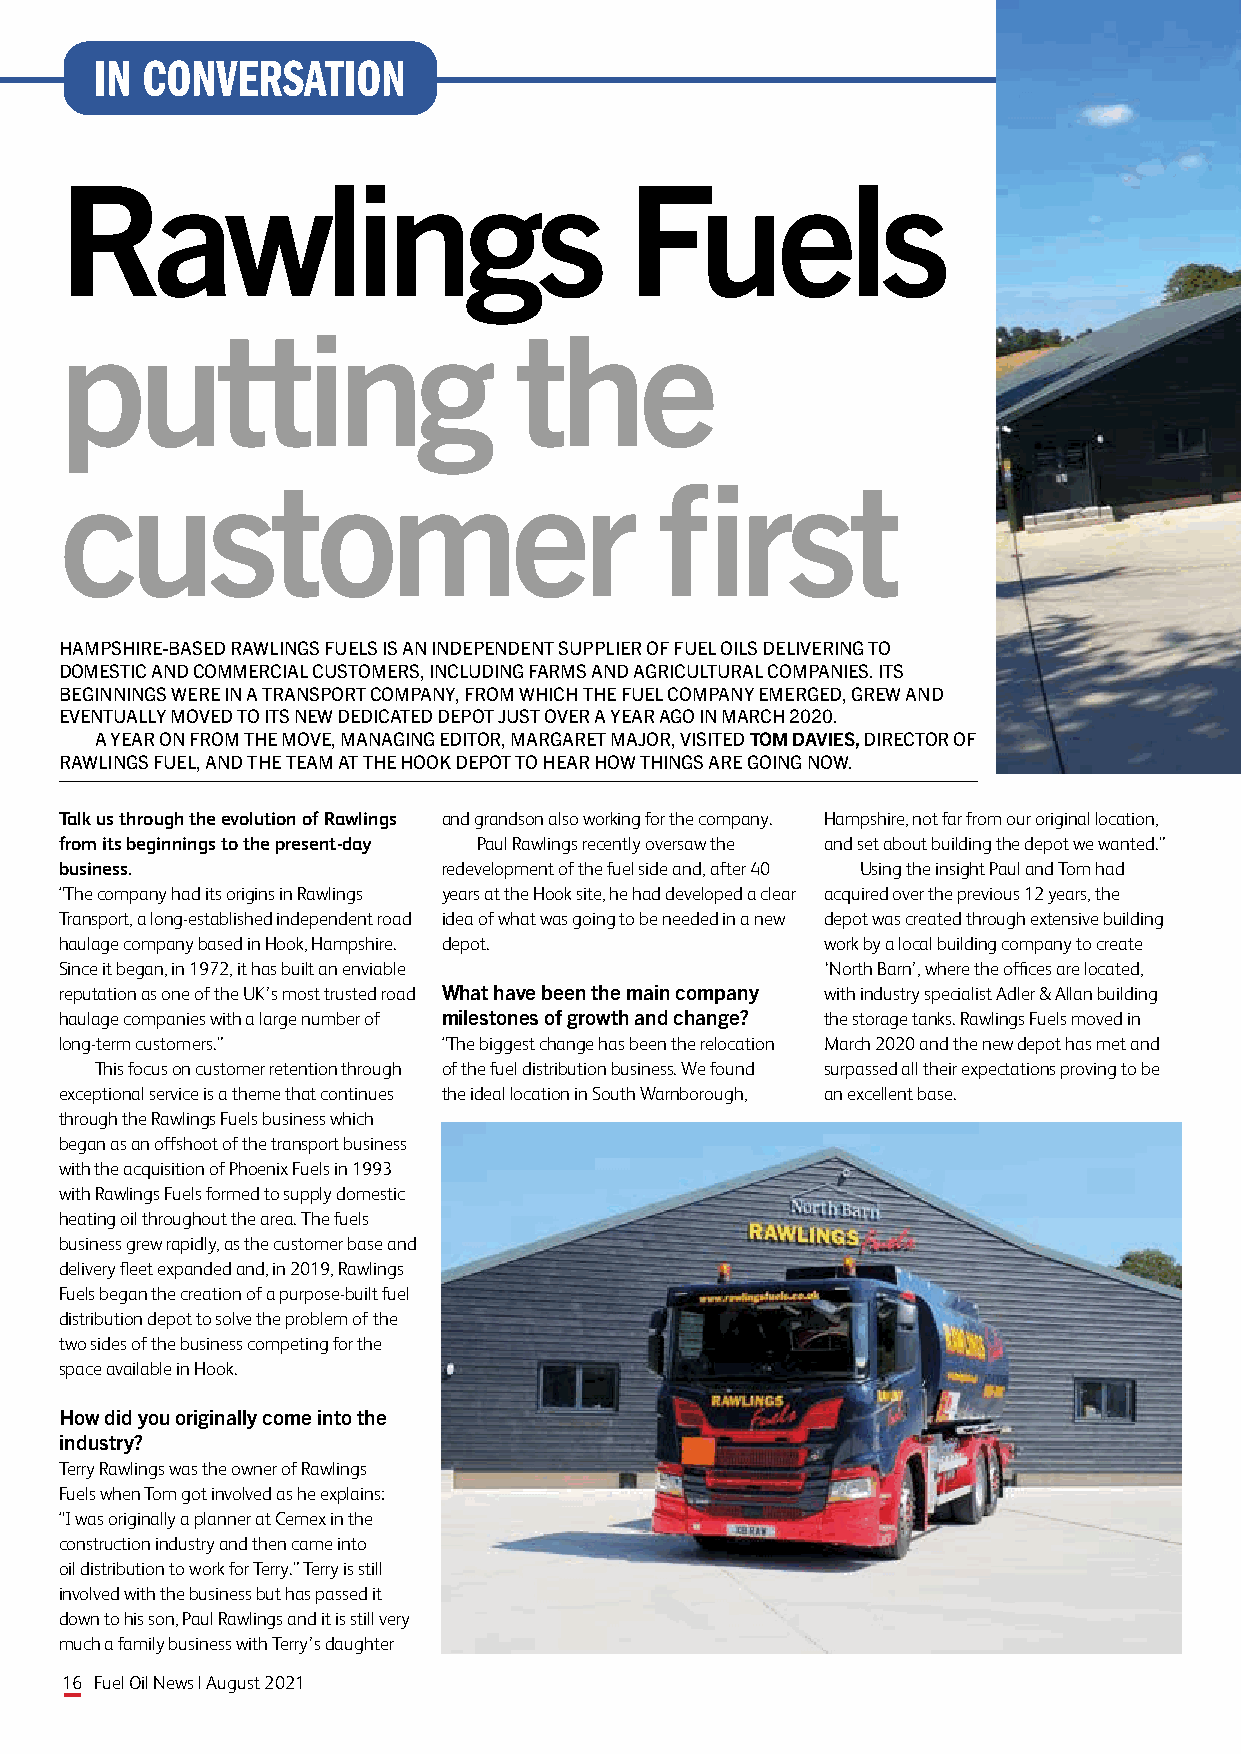
IN CONVERSATION
 Rawlings                             Fuels
 putting                       the
 customer                               first
 HAMPSHIRE-BASED RAWLINGS FUELS IS AN INDEPENDENT SUPPLIER OF FUEL OILS DELIVERING TO
 DOMESTIC AND COMMERCIAL CUSTOMERS, INCLUDING FARMS AND AGRICULTURAL COMPANIES. ITS
 BEGINNINGS WERE IN A TRANSPORT COMPANY, FROM WHICH THE FUEL COMPANY EMERGED, GREW AND
 EVENTUALLY MOVED TO ITS NEW DEDICATED DEPOT JUST OVER A YEAR AGO IN MARCH 2020.
 A YEAR ON FROM THE MOVE, MANAGING EDITOR, MARGARET MAJOR, VISITED TOM DAVIES, DIRECTOR OF
 RAWLINGS FUEL, AND THE TEAM AT THE HOOK DEPOT TO HEAR HOW THINGS ARE GOING NOW.
 Talk us through the evolution of Rawlings and grandson also working for the company. Hampshire, not far from our original location,
 from its beginnings to the present-day Paul Rawlings recently oversaw the and set about building the depot we wanted.”
 business.                redevelopment of the fuel side and, after 40 Using the insight Paul and Tom had
 “The company had its origins in Rawlings years at the Hook site, he had developed a clear acquired over the previous 12 years, the
 Transport, a long-established independent road idea of what was going to be needed in a new depot was created through extensive building
 haulage company based in Hook, Hampshire. depot.   work by a local building company to create
 Since it began, in 1972, it has built an enviable  ‘North Barn’, where the offices are located,
 reputation as one of the UK’s most trusted road What have been the main company with industry specialist Adler & Allan building
 haulage companies with a large number of milestones of growth and change? the storage tanks. Rawlings Fuels moved in
 long-term customers.”    “The biggest change has been the relocation March 2020 and the new depot has met and
 This focus on customer retention through of the fuel distribution business. We found surpassed all their expectations proving to be
 exceptional service is a theme that continues the ideal location in South Warnborough, an excellent base.
 through the Rawlings Fuels business which
 began as an offshoot of the transport business
 with the acquisition of Phoenix Fuels in 1993
 with Rawlings Fuels formed to supply domestic
 heating oil throughout the area. The fuels
 business grew rapidly, as the customer base and
 delivery fleet expanded and, in 2019, Rawlings
 Fuels began the creation of a purpose-built fuel
 distribution depot to solve the problem of the
 two sides of the business competing for the
 space available in Hook.
 How did you originally come into the
 industry?
 Terry Rawlings was the owner of Rawlings
 Fuels when Tom got involved as he explains:
 “I was originally a planner at Cemex in the
 construction industry and then came into
 oil distribution to work for Terry.” Terry is still
 involved with the business but has passed it
 down to his son, Paul Rawlings and it is still very
 much a family business with Terry’s daughter
 16 Fuel Oil News | August 2021